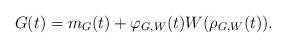
LaTeX: \begin{align*}G(t)=m_G(t)+\varphi_{G,W}(t)W(\rho_{G,W}(t)).\end{align*}